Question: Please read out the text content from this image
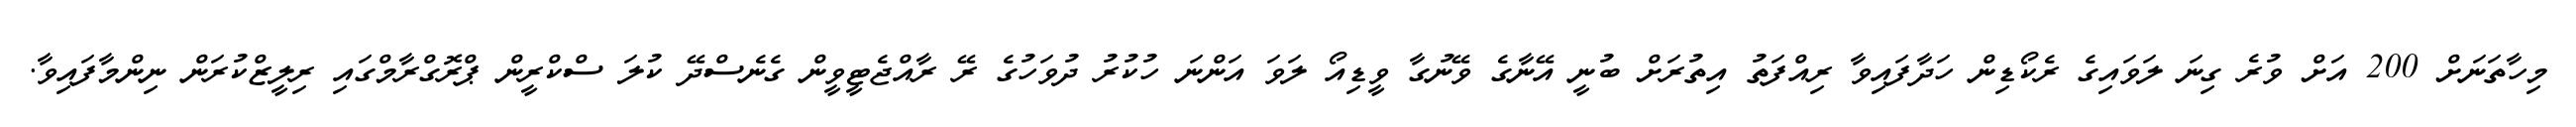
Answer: މިހާތަނަށް 200 އަށް ވުރެ ގިނަ ލަވައިގެ ރެކޯޑިން ހަދާފައިވާ ރިއްފަތު އިތުރަށް ބުނީ އޭނާގެ ވޭނުގާ ވީޑިއޯ ލަވަ އަންނަ ހުކުރު ދުވަހުގެ ރޭ ރާއްޖެޓީވީން ގެނެސްދޭ ކުލަ ސްކްރީން ޕްރޮގްރާމްގައި ރިލީޒްކުރަން ނިންމާފައިވާ.